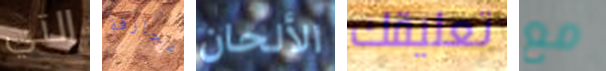
التي مجازفة الألحان تعليقك مع